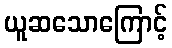
ယူဆသောကြောင့်